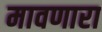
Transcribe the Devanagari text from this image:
मावणारा